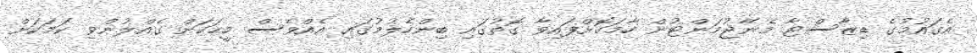
އެގައުމުގެ ޑިޒާސްޓާ މެނޭޖުމަންޓުން ހާމަކޮށްފައިވާ ގޮތުގައި ބިންހެލުމުގައި އެއްވެސް މީހަކަށް ގެއްލުންވި ކަމަކަށް